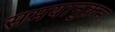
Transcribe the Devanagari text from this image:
समयानुक्रम